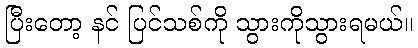
ပြီးတော့ နင် ပြင်သစ်ကို သွားကိုသွားရမယ်။